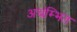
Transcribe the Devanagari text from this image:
अचंम्भित